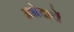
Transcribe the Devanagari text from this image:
अभेदाचें